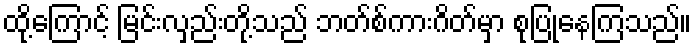
ထို့ကြောင့် မြင်းလှည်းတို့သည် ဘတ်စ်ကားဂိတ်မှာ စုပြုံနေကြသည်။